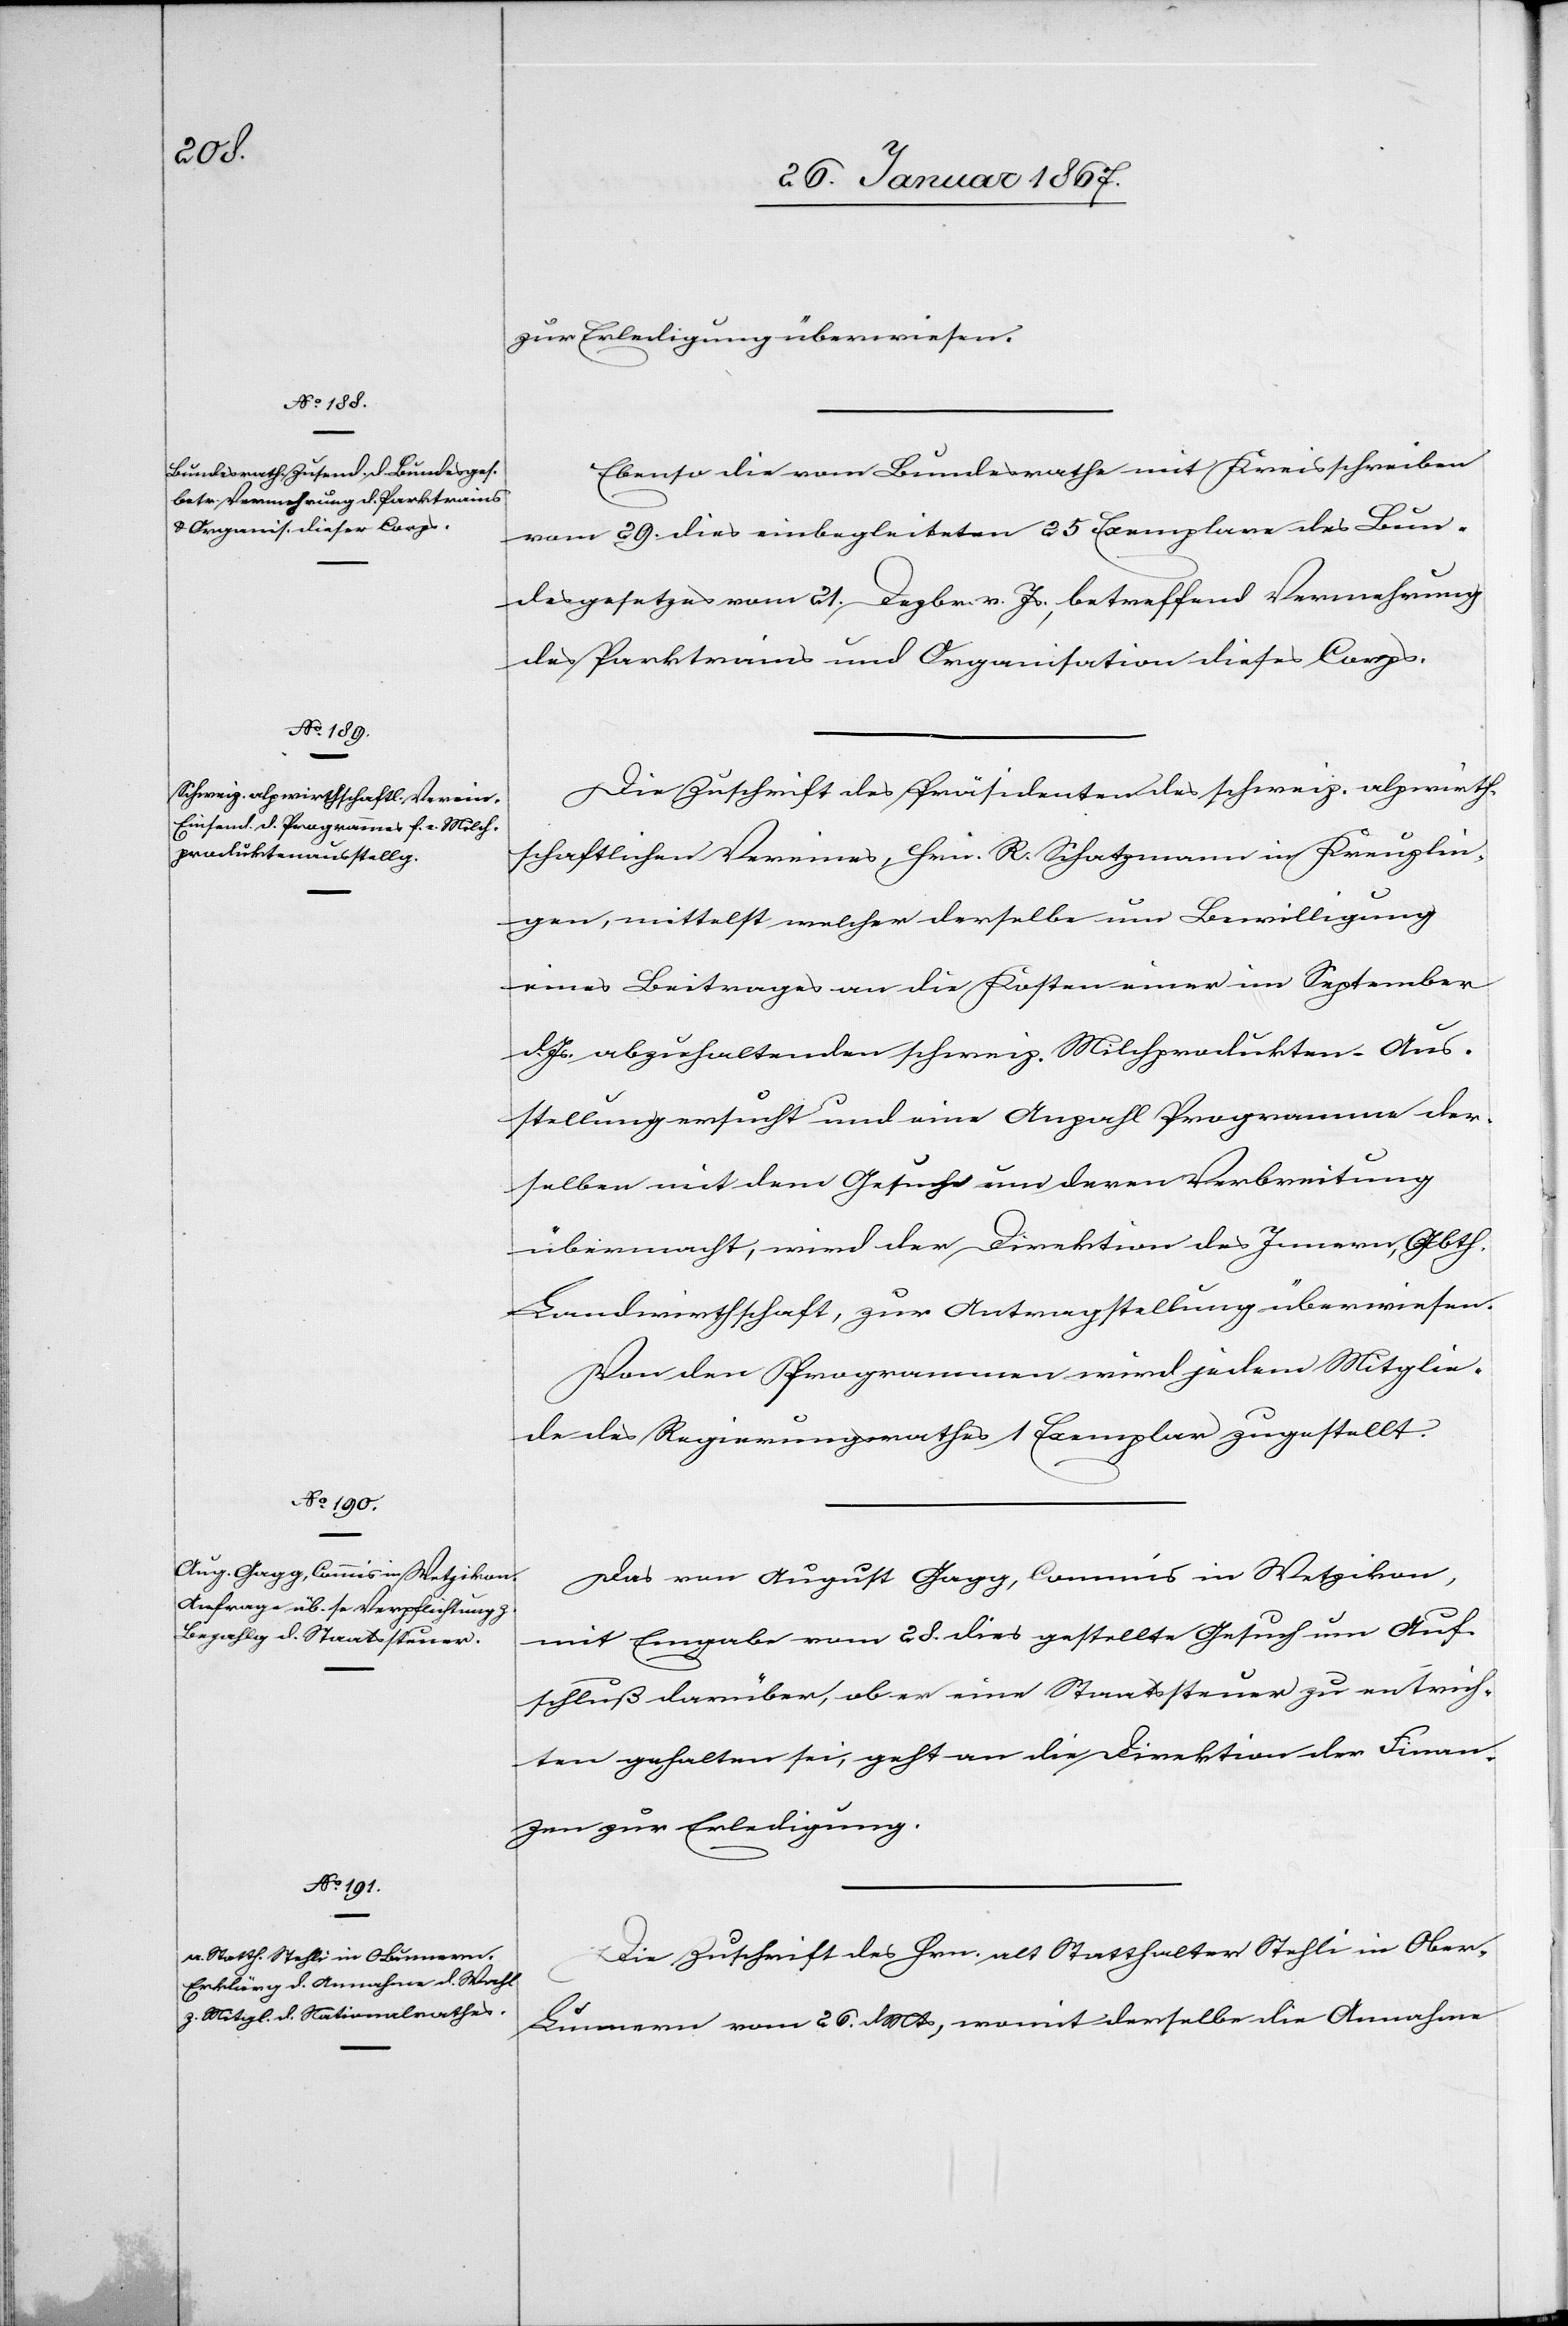
30. Januar 1867]
zur Erledigung überwiesen.
Ebenso die vom Bundesrathe mit Kreisschreiben
vom 29. dies einbegleiteten 25 Exemplare des Bun¬
desgesetzes vom 21. Dezbr. v. Js., betreffend Vermehrung
des Parktrains und Organisation dieses Corps.
Die Zuschrift des Präsidenten des schweiz. alpwirth¬
schaftlichen Vereins, Hrn R. Schatzmann in Kreuzlin¬
gen, mittelst welcher derselbe um Bewilligung
eines Beitrages an die Kosten einer im September
d. Js abzuhaltenden schweiz. Milchprodukten-Aus¬
stellung ersucht und eine Anzahl Programme der¬
selben mit dem Gesuch um deren Verbreitung
übermacht, wird der Direktion des Innern, Abth.
Landwirthschaft, zur Antragstellung überwiesen.
Von den Programmen wird jedem Mitglie¬
de des Regierungsrathes 1 Exemplar zugestellt.
Das von August Gagg, Commis in Wetzikon,
mit Eingabe vom 28. dies gestellte Gesuch um Auf¬
schluß darüber, ob er eine Staatssteuer zu entrich¬
ten gehalten sei, geht an die Direktion der Finan¬
zen zur Erledigung.
Die Zuschrift des Hrn. alt Statthalter Stehli in Ober-L¬
unnern vom 26. d. Mts, womit derselbe die Annahme